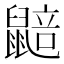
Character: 𮮮